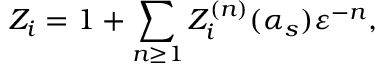
Z _ { i } = 1 + \sum _ { n \geq 1 } Z _ { i } ^ { ( n ) } ( \alpha _ { s } ) \varepsilon ^ { - n } ,